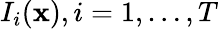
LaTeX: I_{i}({\mathbf x}),i=1,\dots,T